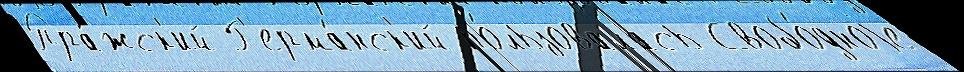
Пра́жск'ий Г'ерма́нск'ий по́льзовалась Свобо́дноjе